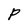
Character: P